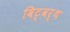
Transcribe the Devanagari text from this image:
विट्वर्थ